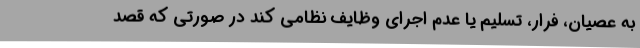
به عصیان، فرار، تسلیم یا عدم اجرای ‌وظایف نظامی کند در صورتی که قصد